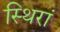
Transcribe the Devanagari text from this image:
स्थिरां